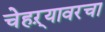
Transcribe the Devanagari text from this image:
चेहऱ्यावरचा